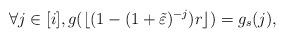
LaTeX: \begin{align*}\forall j \in [i], g(\lfloor ( 1 - ( 1 + \tilde \varepsilon)^{-j})r \rfloor ) = g_s(j),\end{align*}